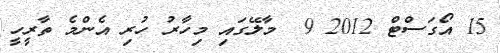
15 އޯގަސްޓް 2012 9  މާލޭގައި މިހާރު ހުރި އެންމެ ތާރީހީ